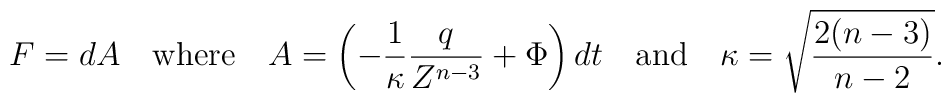
F = dA \quad \textrm{where} \quad A =\left(-\frac{1}{\kappa}\frac{q}{Z^{n-3}} + \Phi\right) dt \quad\textrm{and} \quad \kappa = \sqrt{\frac{2(n-3)}{n-2}}.